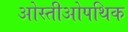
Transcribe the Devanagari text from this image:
ओस्तीओपथिक